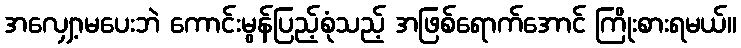
အလျှော့မပေးဘဲ ကောင်းမွန်ပြည့်စုံသည့် အဖြစ်ရောက်အောင် ကြိုးစားရမယ်။